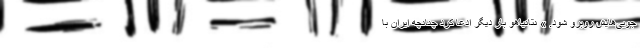
جویی‌هایش روبرو شود. » نتانیاهو بار دیگر ادعا کرد چنانچه ایران با